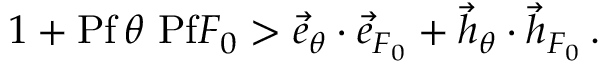
1 + \mathrm { P f } \, \theta \ \mathrm { P f } F _ { 0 } > \vec { e } _ { \theta } \cdot \vec { e } _ { F _ { 0 } } + \vec { h } _ { \theta } \cdot \vec { h } _ { F _ { 0 } } \, .